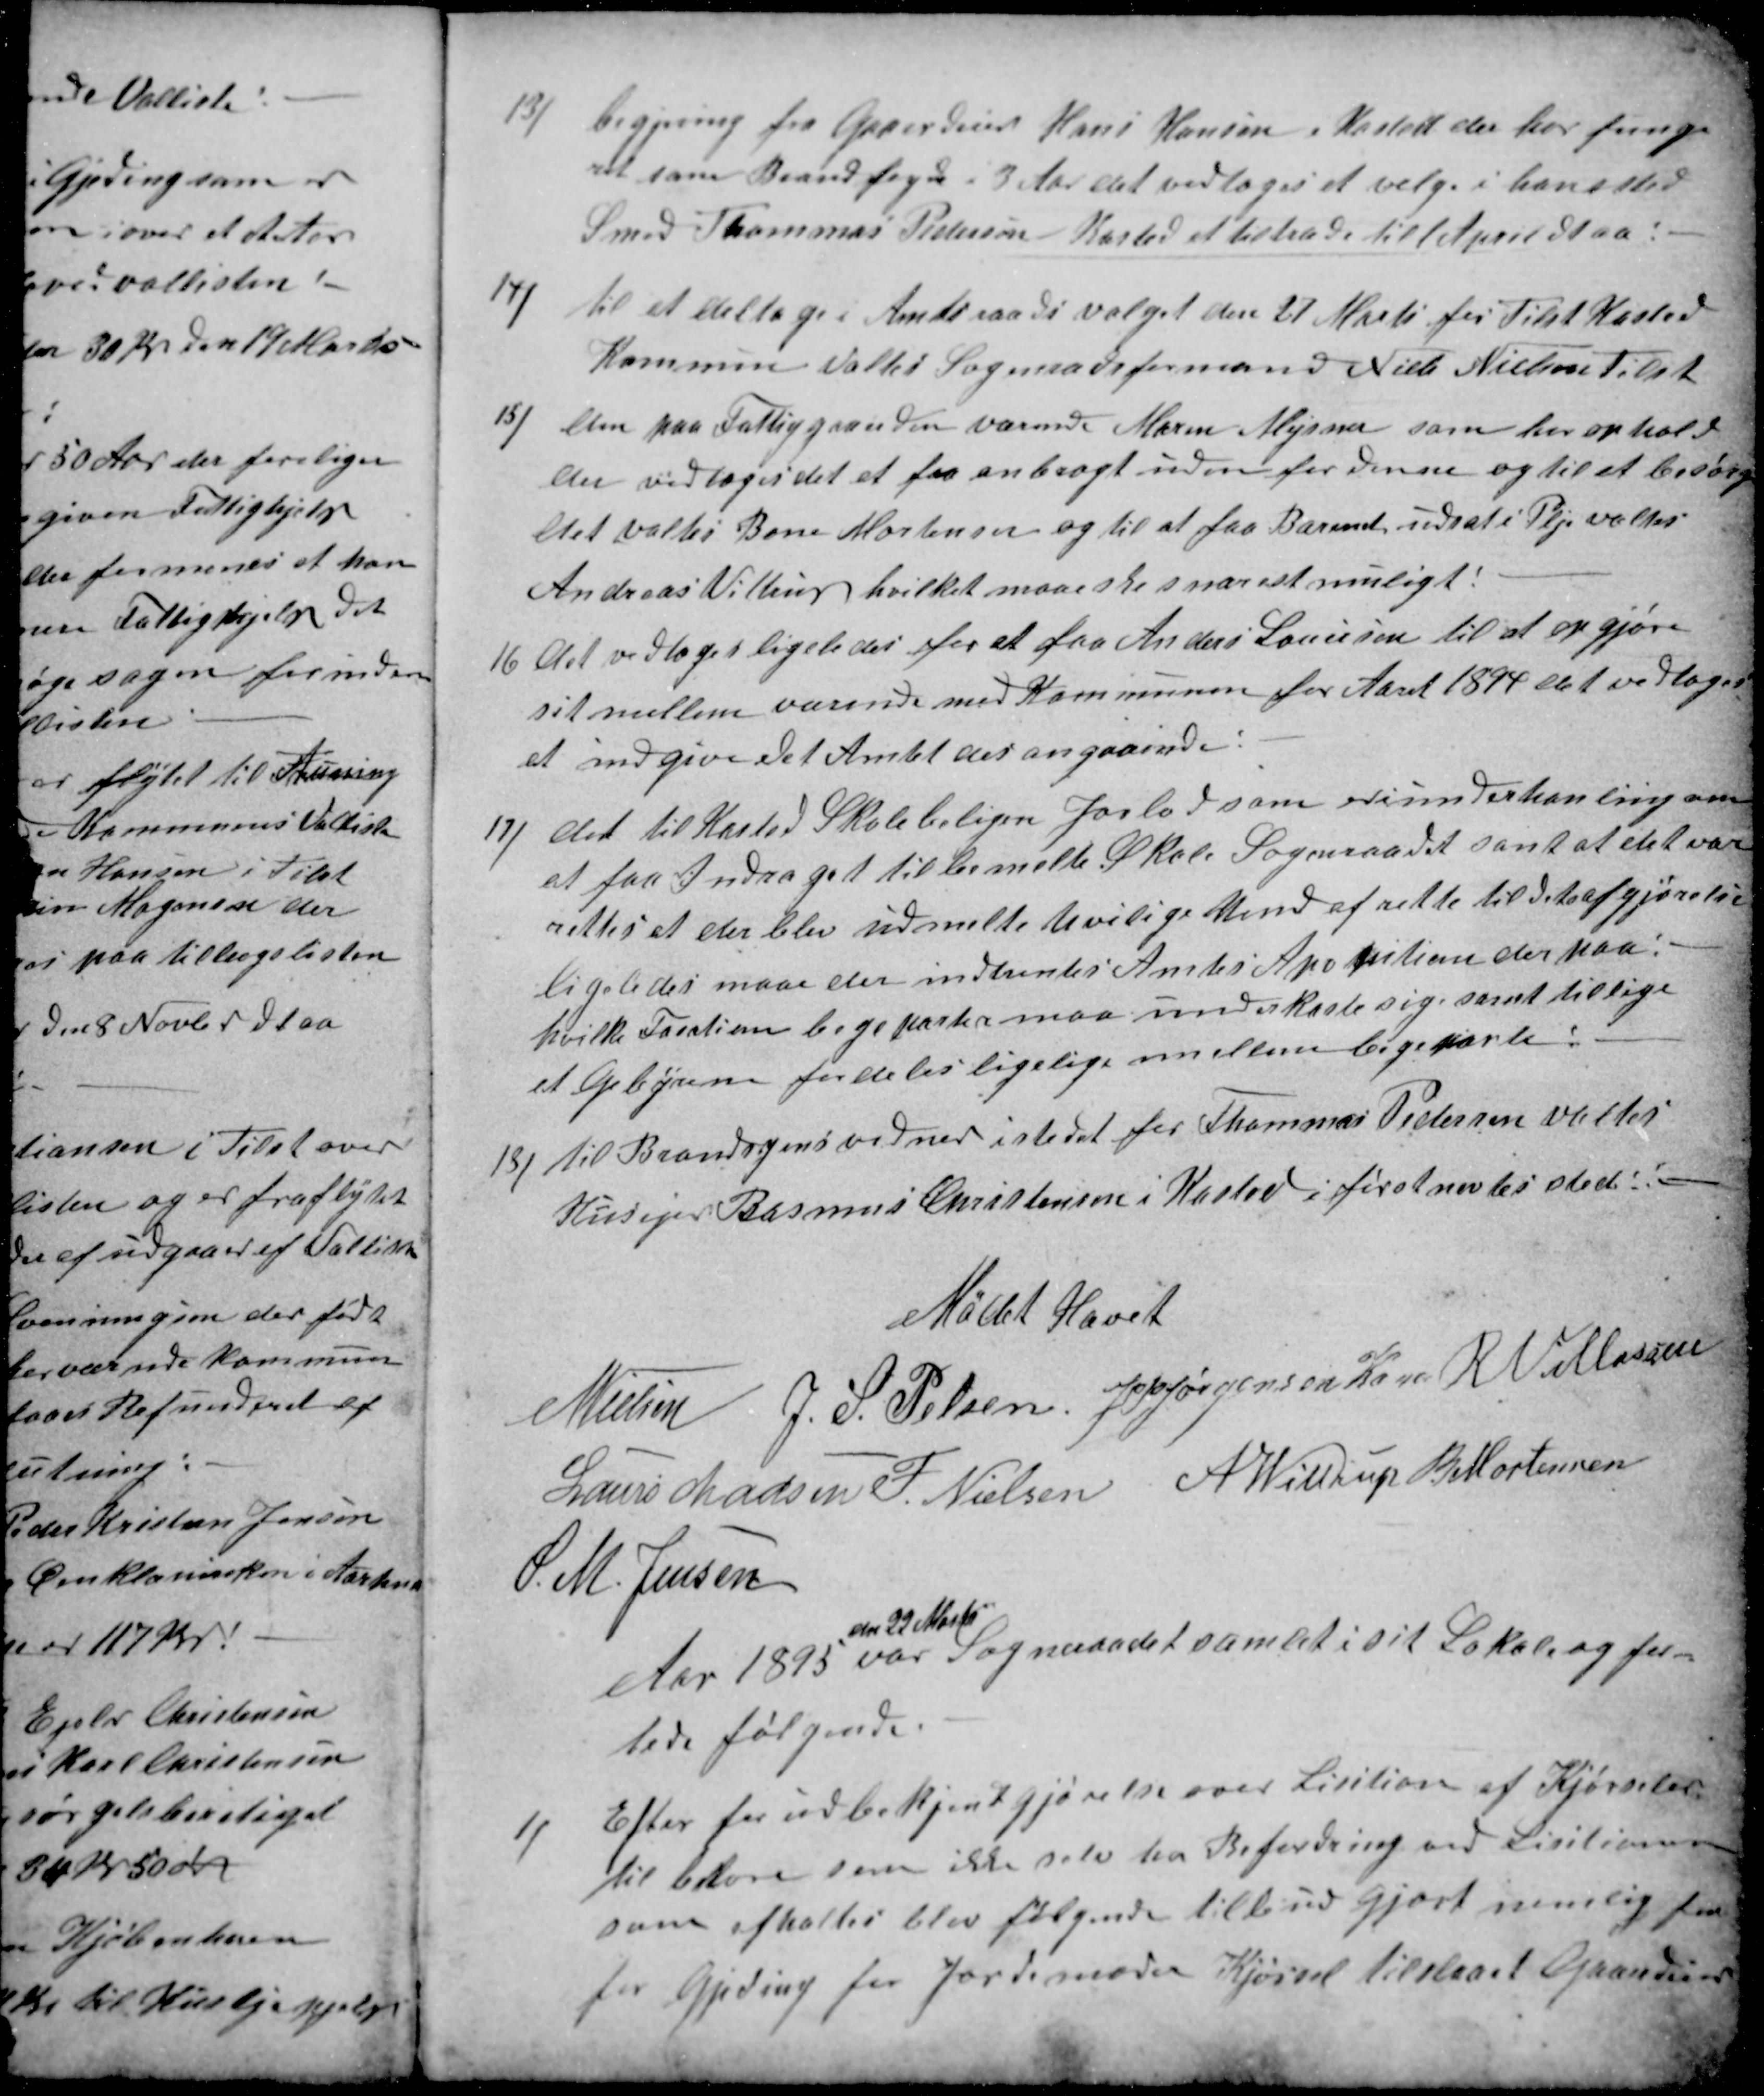
Transskription:
13)
begjering fra Gaardeier Hans Hansen i Kasted der har funge
ret som Brandfogde i 3 Aar det vedtoges at velge i hans sted
Smed Thommas Pedersen Kasted at tiltræde til 1 April dt aa:
14)
til at deltage i Amtsraads valget den 27 Marts for Tilst Kasted
Kommune Valtes Sogneraadsformand Niels Nielsen Tilst
15)
den paa Fattiggaarden værende Maren Mejsner som har ophold
der vedtoges det at faa anbragt udenfor denne og til at besørg
det valtes Bone Mortensen og til at faa Barnet udsat i Pleje valtes
Andreas Vittrup hvilket maa ske snarest muligt:
16
det vedtoges ligeledes for at faa Anders Lauersen til at opgjøre
sit mellem værende med Kommunen for Aaret 1894 det vedtoges
at indgive det Amtet der angaaende:
17)
det til Kasted Skoleboligen Jorlod som er i underhanling om
at faa Andraget til bemeldte Skole Sogneraadet samt at det var
rettes at der blev udmelte uvilige Mend af rette til dets afgjørelse
ligeledes maa der indhentes Amtes Apotition derpaa:
hvilke Taxation bege parter maa underkaste sig samt tillige
at Gebyrene fordeles ligelige imellem bege parte:
18)
til Brandsynsvidner i stedet for Thommas Pedersen valtes
Husejer Rasmus Christensen i Kasted i førstnevntes sted.
Mødet Hævet
N Nielsen
J. S. Pelsen
J PJørgensen Kaae
R Villasen
Laurs Madsen
F. Nielsen
A Wittrup
B Mortensen
S. M. Jensen
Aar 1895 
den 22 Marts
var Sogneraadet samlet i sit Lokale og for-
lede følgende.
1)
Efter forud bekjentgjørelse over Lisition af Kjørseler
til beboere som ikke selv har Befordring ved Lisitionen
som afholtes blev følgende tilbud gjort nemlig for
for Gjeding for Jordemoder Kjørsel tilstaaet Gaardeier